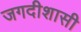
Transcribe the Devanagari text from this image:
जगदीशासी